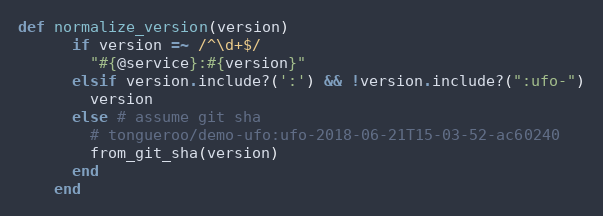
Language: Ruby
def normalize_version(version)
      if version =~ /^\d+$/
        "#{@service}:#{version}"
      elsif version.include?(':') && !version.include?(":ufo-")
        version
      else # assume git sha
        # tongueroo/demo-ufo:ufo-2018-06-21T15-03-52-ac60240
        from_git_sha(version)
      end
    end